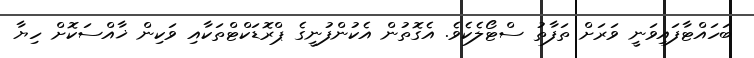
ބަހައްޓާފައިވަނީ ވަރަށް ތަފާތު ސްޓޯލެކެވެ. އެގޮތުން އެކުންފުނީގެ ޕްރޮޑަކްޓްތަކާއި ވަކިން ޚާއްސަކޮށް ހިޔާ